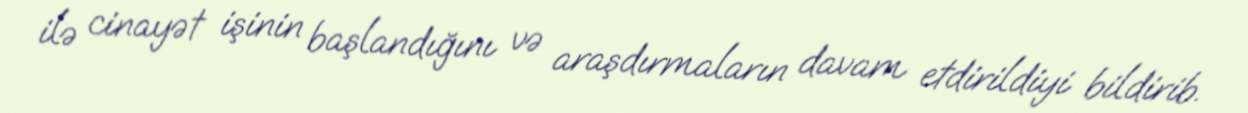
ilə cinayət işinin başlandığını və araşdırmaların davam etdirildiyi bildirib.